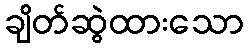
ချိတ်ဆွဲထားသော